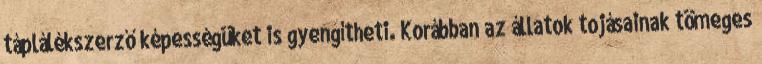
táplálékszerző képességüket is gyengítheti. Korábban az állatok tojásainak tömeges